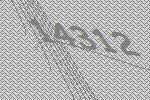
14312